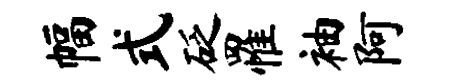
幅式砭罹袖阿